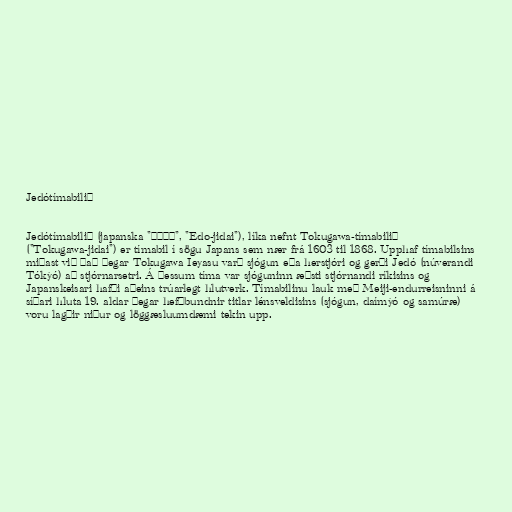
Jedótímabilið

Jedótímabilið (japanska "江戸時代", "Edo-jidai"), líka nefnt Tokugawa-tímabilið
("Tokugawa-jidai") er tímabil í sögu Japans sem nær frá 1603 til 1868. Upphaf tímabilsins
miðast við það þegar Tokugawa Ieyasu varð sjógun eða herstjóri og gerði Jedó (núverandi
Tókýó) að stjórnarsetri. Á þessum tíma var sjóguninn æðsti stjórnandi ríkisins og
Japanskeisari hafði aðeins trúarlegt hlutverk. Tímabilinu lauk með Meiji-endurreisninni á
síðari hluta 19. aldar þegar hefðbundnir titlar lénsveldisins (sjógun, daímýó og samúræ)
voru lagðir niður og löggæsluumdæmi tekin upp.